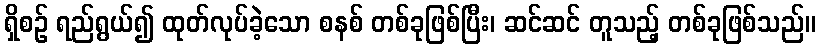
ရှိစဉ် ရည်ရွယ်၍ ထုတ်လုပ်ခဲ့သော စနစ် တစ်ခုဖြစ်ပြီး၊ ဆင်ဆင် တူသည့် တစ်ခုဖြစ်သည်။